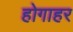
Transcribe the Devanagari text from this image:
होगाहर